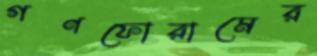
গণফোরামের